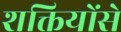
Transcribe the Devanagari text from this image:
शक्तियोंसे